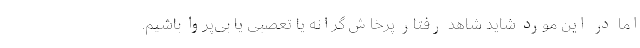
اما در این مورد شاید شاهد رفتار پرخاش‌گرانه یا تعصبی یا بی‌پروا باشیم.